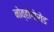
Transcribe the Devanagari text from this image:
नोव्होगोरोड